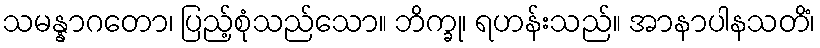
သမန္နာဂတော၊ ပြည့်စုံသည်သော။ ဘိက္ခု၊ ရဟန်းသည်။ အာနာပါနသတိံ၊